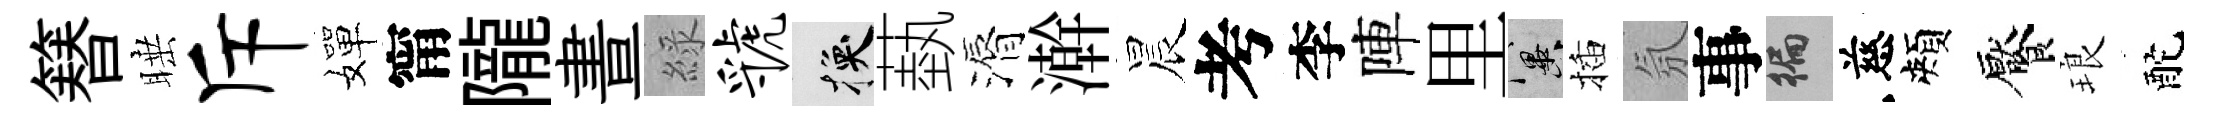
簮睡斥嬋甯隴晝綠虢换蓺漘澣晨考李陣里冀插氛事徧慈頰饜琅酡